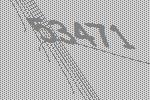
53471